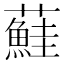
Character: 𫊒